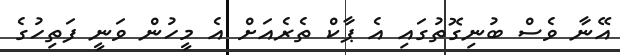
އޭނާ ވެސް ބުނިގޮތުގައި އެ ޕާކް ތެރެއަށް އެ މީހުން ވަނީ ފަތިހުގެ